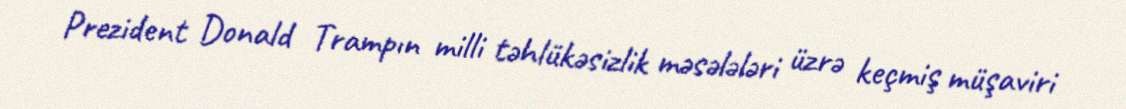
Prezident Donald Trampın milli təhlükəsizlik məsələləri üzrə keçmiş müşaviri